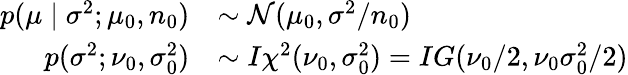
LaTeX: {\begin{array}{rl}{p(\mu\mid\sigma^{2};\mu_{0},n_{0})}&{\sim{\mathcal{N}}(\mu_{0},\sigma^{2}/n_{0})}\\ {p(\sigma^{2};\nu_{0},\sigma_{0}^{2})}&{\sim I\chi^{2}(\nu_{0},\sigma_{0}^{2})=IG(\nu_{0}/2,\nu_{0}\sigma_{0}^{2}/2)}\end{array}}